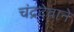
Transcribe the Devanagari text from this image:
चंद्रदेवाने